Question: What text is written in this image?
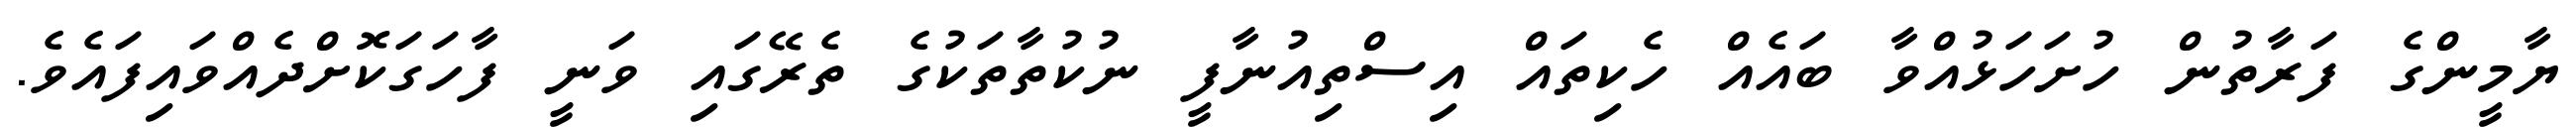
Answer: ޔާމީންގެ ފަރާތުން ހުށަހަޅުއްވާ ބައެއް ހެކިތައް އިސްތިއުނާފީ ނުކުތާތަކުގެ ތެރޭގައި ވަނީ ފާހަގަކޮށްދެއްވައިފައެވެ.